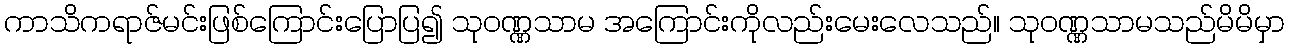
ကာသိကရာဇ်မင်းဖြစ်ကြောင်းပြောပြ၍ သုဝဏ္ဏသာမ အကြောင်းကိုလည်းမေးလေသည်။ သုဝဏ္ဏသာမသည်မိမိမှာ